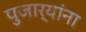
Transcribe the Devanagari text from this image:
पुजार्यांना